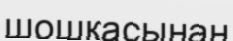
шошқасынан